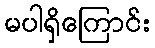
မပါရှိကြောင်း